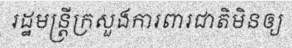
រដ្ឋមន្ត្រីក្រសួងការពារជាតិមិនឲ្យ